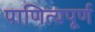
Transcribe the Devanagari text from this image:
पाणित्यपूर्ण